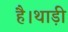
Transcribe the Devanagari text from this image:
है।थाड़ी